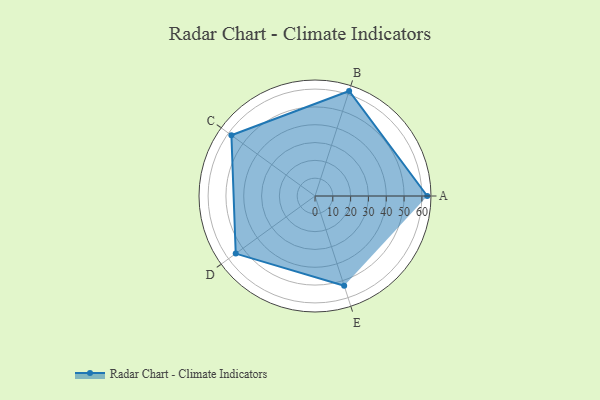
{"axis": {"x": "Skill", "y": "Score"}, "legend": ["Profile"], "data": [{"x": "A", "y": 63.0, "type": "Profile"}, {"x": "B", "y": 62.0, "type": "Profile"}, {"x": "C", "y": 58.0, "type": "Profile"}, {"x": "D", "y": 55.0, "type": "Profile"}, {"x": "E", "y": 53.0, "type": "Profile"}]}